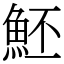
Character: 魾